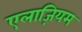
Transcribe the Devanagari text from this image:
एलाज़ियम